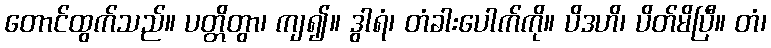
တောင်ထွက်သည်။ ပတ္တိတွာ၊ ကျ၍။ ဒွါရံ၊ တံခါးပေါက်ကို။ ပိဒဟိ၊ ပိတ်မိပြီ။ တံ၊